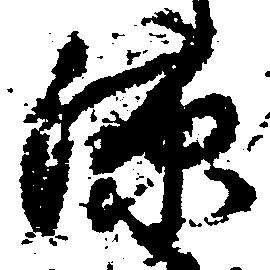
源